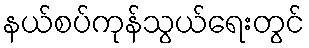
နယ်စပ်ကုန်သွယ်ရေးတွင်